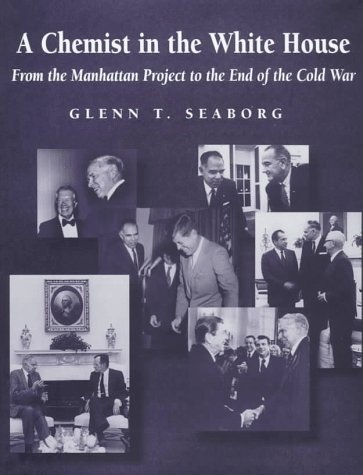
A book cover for A Chemist in the White House: From the Manhattan Project to the End of the Cold War; Glenn T. Seaborg; Science & Math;